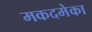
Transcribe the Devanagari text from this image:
मकदमेका